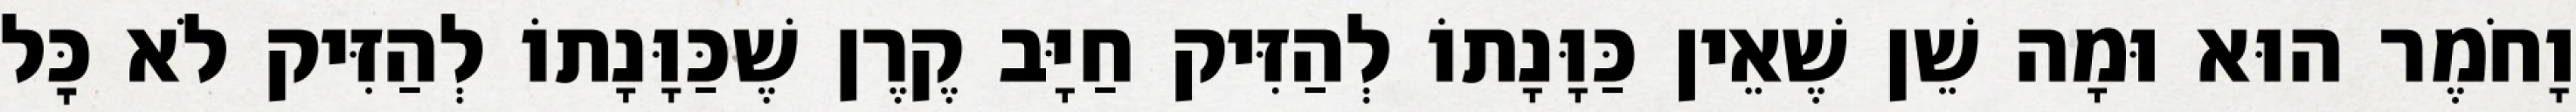
וָחֹמֶר הוּא וּמָה שֵׁן שֶׁאֵין כַּוָּנָתוֹ לְהַזִּיק חַיָּב קֶרֶן שֶׁכַּוָּנָתוֹ לְהַזִּיק לֹא כׇּל